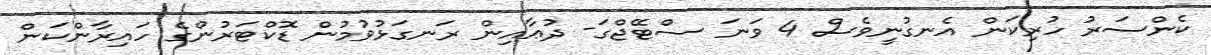
ކެންސަރު ހުރިކަން އެނގުނީވެސް 4 ވަނަ ސްޓޭޖްގަ- ދުޢާއިން ރަނގަޅުވުމުން ޑޮކްޓަރުންގެ ހައިރާންކަން